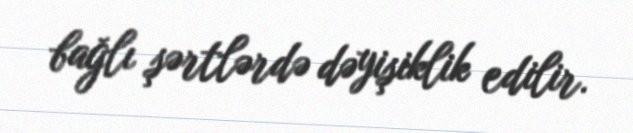
bağlı şərtlərdə dəyişiklik edilir.